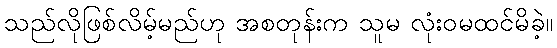
သည်လိုဖြစ်လိမ့်မည်ဟု အစတုန်းက သူမ လုံးဝမထင်မိခဲ့။